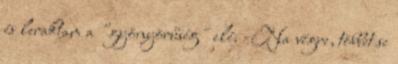
és leraktam a "gyönyörűség" elé. -Na végre, többet se